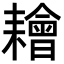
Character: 𦔦